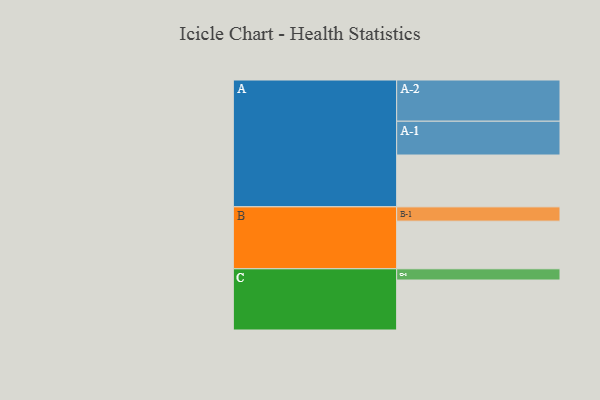
{"axis": {"x": "Segment", "y": "Value"}, "legend": ["", "A", "B", "C"], "data": [{"x": "A", "y": 337, "type": ""}, {"x": "B", "y": 310, "type": ""}, {"x": "C", "y": 325, "type": ""}, {"x": "A-1", "y": 220, "type": "A"}, {"x": "A-2", "y": 268, "type": "A"}, {"x": "B-1", "y": 93, "type": "B"}, {"x": "C-1", "y": 73, "type": "C"}]}